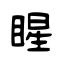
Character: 睲